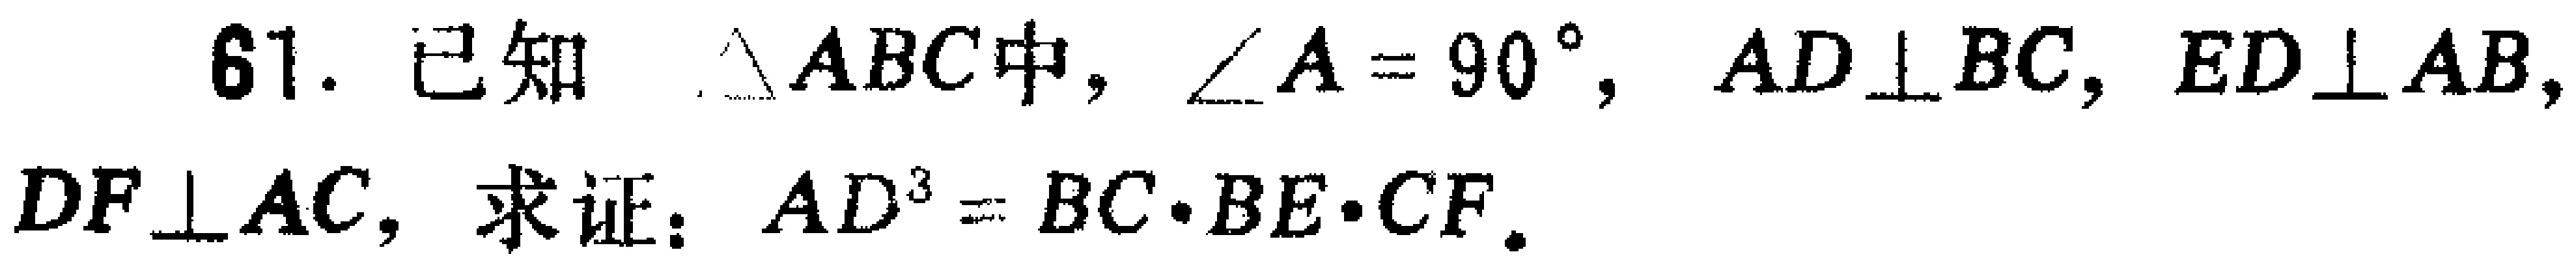
61. 已知 $\triangle ABC$中, $\angle A = 90^{\circ}$, $AD\perp BC$, $ED\perp AB$, $DF\perp AC$, 求证：$AD^{3}=BC\cdot BE\cdot CF$.